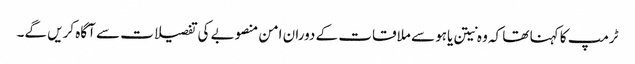
ٹرمپ کا کہنا تھا کہ وہ نیتن یاہو سے ملاقات کے دوران امن منصوبے کی تفصیلات سے آگاہ کریں گے۔